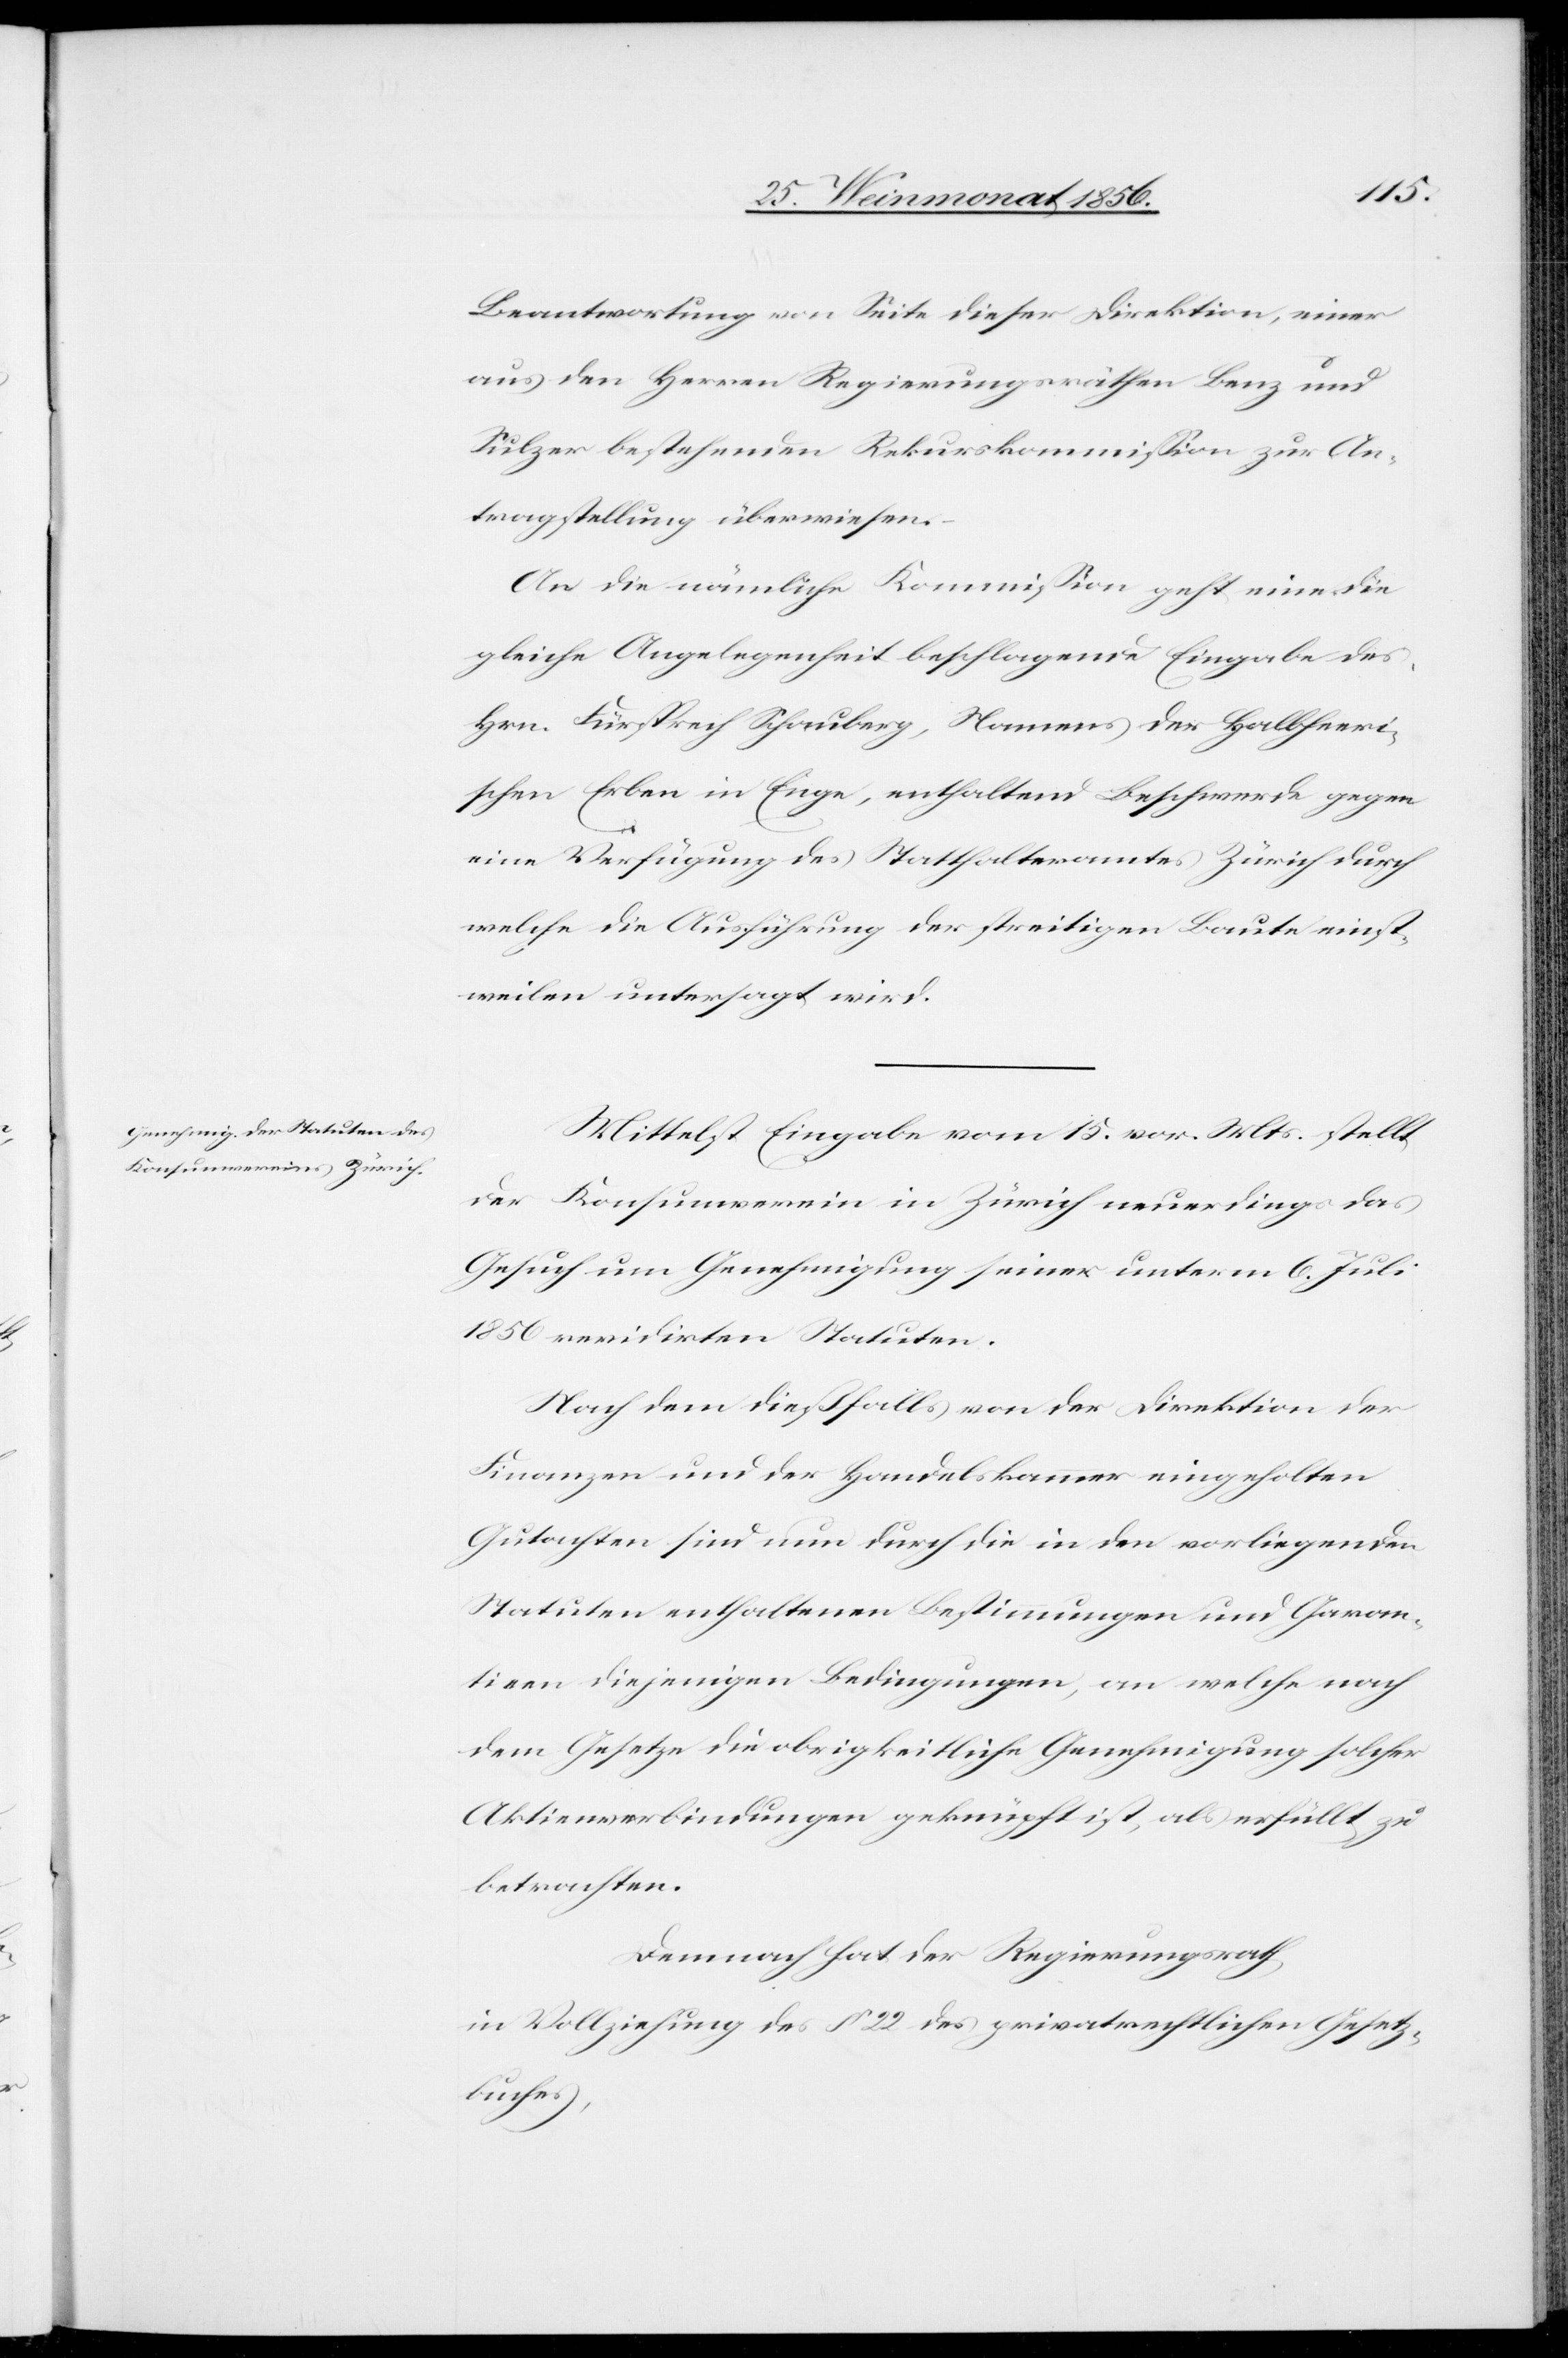
Beantwortung von Seite dieser Direktion, einer
aus den Herren Regierungsräthen Benz und
Sulzer bestehenden Rekurskommission zur An¬
tragstellung überwiesen.
An die nämliche Kommission geht eine die
gleiche Angelegenheit beschlagende Eingabe des
Hrn. Fürsprech Schauberg, Namens der Halbheeri¬
schen Erben in Enge, enthaltend Beschwerde gegen
eine Verfügung des Statthalteramtes Zürich durch
welche die Ausführung der streitigen Baute einst¬
weilen untersagt wird.
Mittelst Eingabe vom 15. vor. Mts. stellt
der Konsumverein in Zürich neuerdings das
Gesuch um Genehmigung seiner unterm 6. Juli
1856 revidirten Statuten.
Nach dem dießfalls von der Direktion der
Finanzen und der Handelskammer eingeholten
Gutachten sind nun durch die in den vorliegenden
Statuten enthaltenen Bestimmungen und Garan¬
tieen diejenigen Bedingungen, an welche nach
dem Gesetze die obrigkeitliche Genehmigung solcher
Aktienverbindungen geknüpft ist, als erfüllt zu
betrachten.
Demnach hat der Regierungsrath
in Vollziehung des § 22 des privatrechtlichen Gesetz¬
buches,